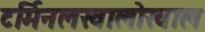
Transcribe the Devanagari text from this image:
टर्मिनलखालोखाल